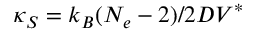
\kappa _ { S } = k _ { B } ( N _ { e } - 2 ) / 2 D V ^ { \ast }